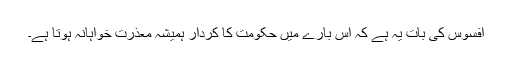
افسوس کی بات یہ ہے کہ اس بارے میں حکومت کا کردار ہمیشہ معذرت خواہانہ ہوتا ہے۔